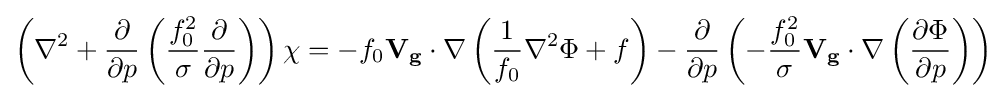
{{\left({\nabla ^{2}+{{\partial  \over \partial p}\left({{f_{0}^{2} \over \sigma }{\partial  \over \partial p}}\right)}}\right){\chi }}=-{{f_{0}}{\mathbf {V_{g}} \cdot \nabla }\left({{{1 \over f_{0}}{\nabla ^{2}\Phi }}+f}\right)}-{{\partial  \over \partial p}\left({{-}{f_{0}^{2} \over \sigma }{\mathbf {V_{g}} \cdot \nabla }\left({\partial \Phi  \over \partial p}\right)}\right)}}